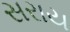
સરાય